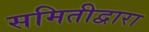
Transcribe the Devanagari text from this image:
समितीद्वारा